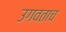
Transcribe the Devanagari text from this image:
उगवताच